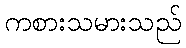
ကစားသမားသည်